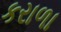
કરાળા